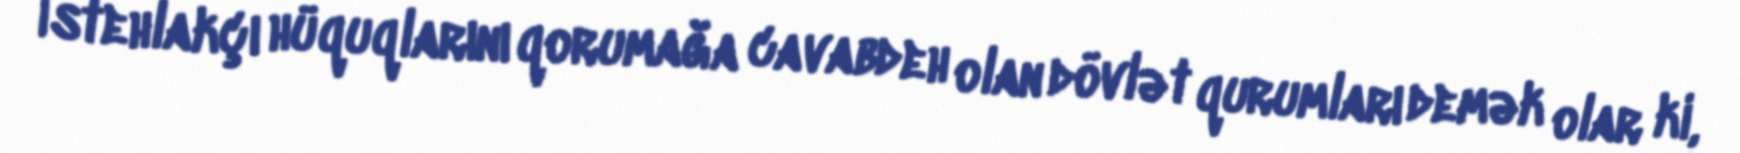
İstehlakçı hüquqlarını qorumağa cavabdeh olan dövlət qurumları demək olar ki,